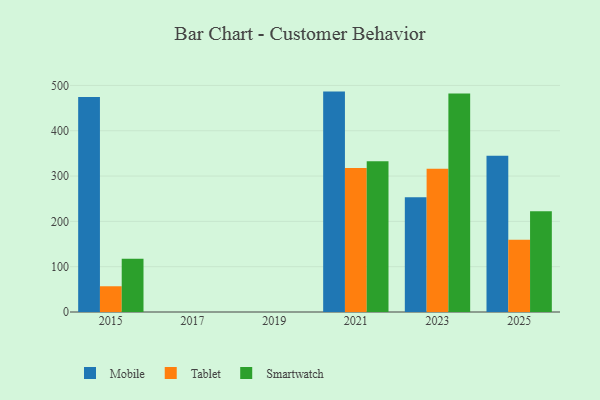
{"axis": {"x": "Year", "y": "Backlog"}, "legend": ["Mobile", "Smartwatch", "Tablet"], "data": [{"x": "2023", "y": 253.2, "type": "Mobile"}, {"x": "2023", "y": 316.0, "type": "Tablet"}, {"x": "2023", "y": 482.1, "type": "Smartwatch"}, {"x": "2025", "y": 344.7, "type": "Mobile"}, {"x": "2025", "y": 159.4, "type": "Tablet"}, {"x": "2025", "y": 222.4, "type": "Smartwatch"}, {"x": "2015", "y": 474.6, "type": "Mobile"}, {"x": "2015", "y": 56.8, "type": "Tablet"}, {"x": "2015", "y": 117.7, "type": "Smartwatch"}, {"x": "2021", "y": 486.4, "type": "Mobile"}, {"x": "2021", "y": 317.9, "type": "Tablet"}, {"x": "2021", "y": 332.7, "type": "Smartwatch"}]}